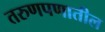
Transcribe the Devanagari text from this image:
तरुणपणातील